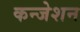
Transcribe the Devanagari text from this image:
कन्जेशन